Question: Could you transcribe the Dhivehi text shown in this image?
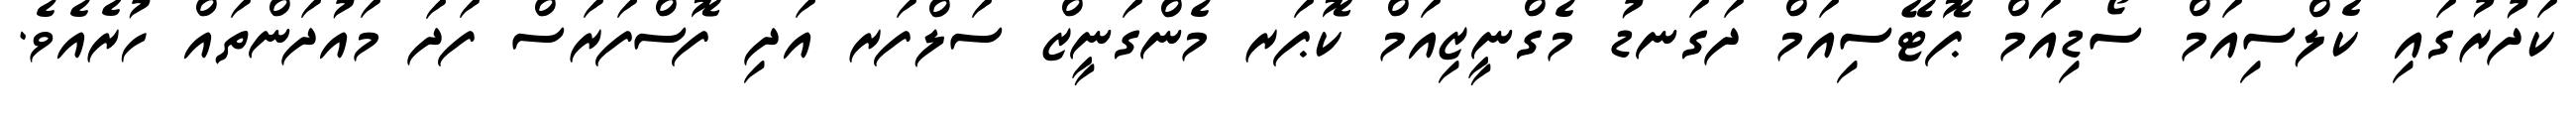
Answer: ކަދުރުގައި ކެލްސިއަމް ސޯޑިއަމް ޕޮޓޭސިއަމް ދަގަނޑު މެގްނީޒިއަމް ކޮޕަރ މެންގަނީޒް ސަލްފަރ އަދި ފޮސްފަރަސް ފަދަ މައުދަންތައް ހުރެއެވެ.